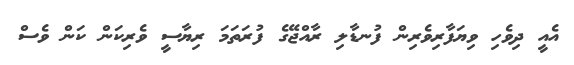
އެއީ ދިވެހި ވިޔަފާރިވެރިން ފުނޑާލި ރާއްޖޭގެ ފުރަތަމަ ރިޔާސީ ވެރިކަން ކަން ވެސް